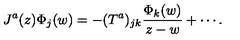
J ^ { a } ( z ) \Phi _ { j } ( w ) = - ( T ^ { a } ) _ { j k } \frac { \Phi _ { k } ( w ) } { z - w } + \cdots .